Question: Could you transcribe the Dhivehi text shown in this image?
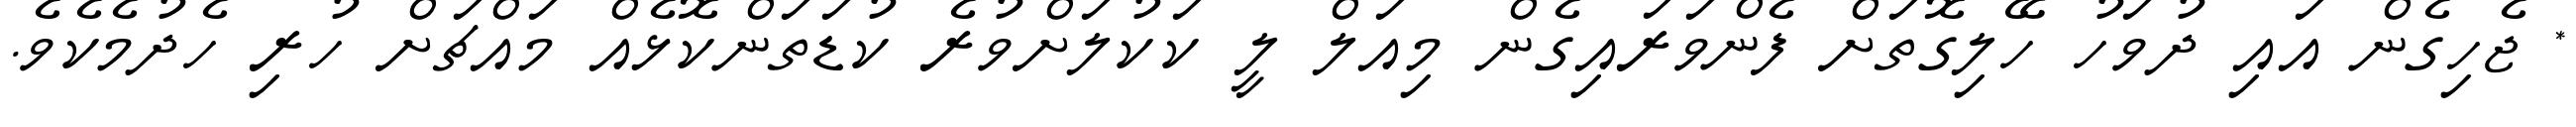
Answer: * ޖެހިގެން އައި ދުވަހު ހޭލިގޮތަށް ފެންވަރައިގެން މިއަލް ލީ ކަކުލަށްވުރެ ކުޑަތަންކޮޅެއް މައްޗަށް ހުރި ހެދުމެކެވެ.